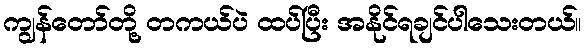
ကျွန်တော်တို့ တကယ်ပဲ ထပ်ပြီး အနိုင်ရချင်ပါသေးတယ်။